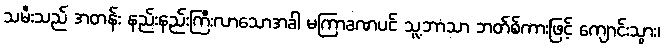
သမီးသည် အတန်း နည်းနည်းကြီးလာသောအခါ မကြာခဏပင် သူ့ဘာသာ ဘတ်စ်ကားဖြင့် ကျောင်းသွား၊